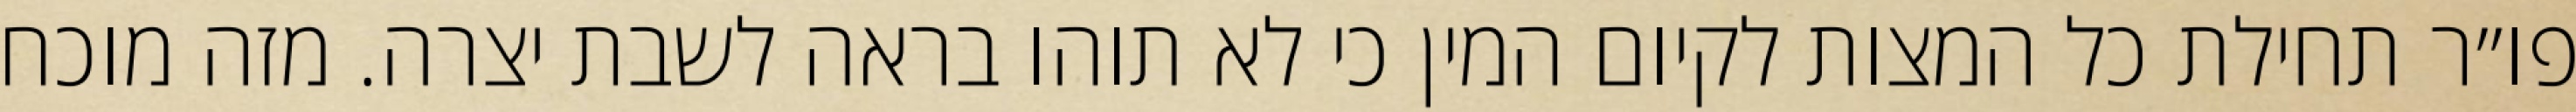
פו״ר תחילת כל המצות לקיום המין כי לא תוהו בראה לשבת יצרה. מזה מוכח